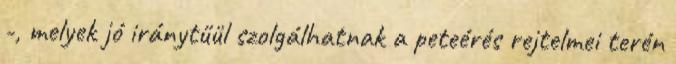
-, melyek jó iránytűül szolgálhatnak a peteérés rejtelmei terén